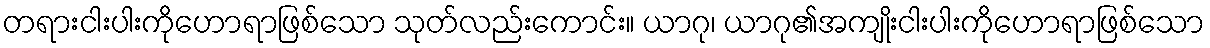
တရားငါးပါးကိုဟောရာဖြစ်သော သုတ်လည်းကောင်း။ ယာဂု၊ ယာဂု၏အကျိုးငါးပါးကိုဟောရာဖြစ်သော